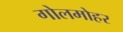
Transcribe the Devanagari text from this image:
गोलमोहर